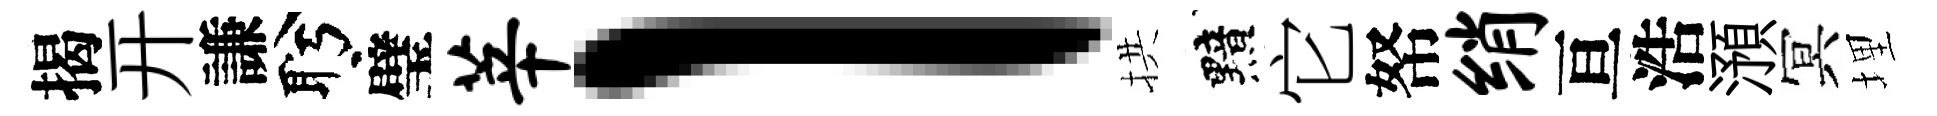
揭开謙盻璧莘l拱黯它帑绡亘浩澦冥埋